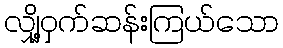
လျှို့ဝှက်ဆန်းကြယ်သော